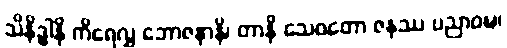
သိနိဒ္ဓါနိ ကိရေလွှ ဘောဇနာနိ၊ တာနိ သေဝတော ဇနဿ ပညာဝဍ္ဎ၊